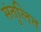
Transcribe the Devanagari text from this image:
संतूलित